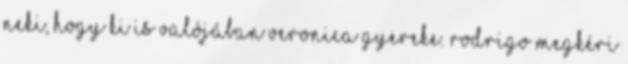
neki, hogy ki is valójában Veronica gyereke. Rodrigo megkéri